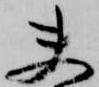
夫